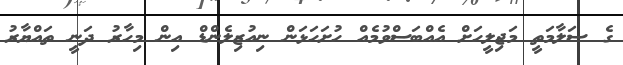
ގެ ސަލާމަތީ މަޖިލީހަށް އެއްބަސްވުމެއް ހުށަހަޅަން ނިއުޒިލެންޑް އިން މިހާރު ދަނީ ތައްޔާރު